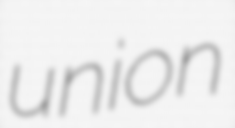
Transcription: union